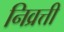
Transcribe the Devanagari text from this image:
निव्रत्ती